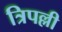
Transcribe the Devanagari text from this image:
त्रिपल्ली